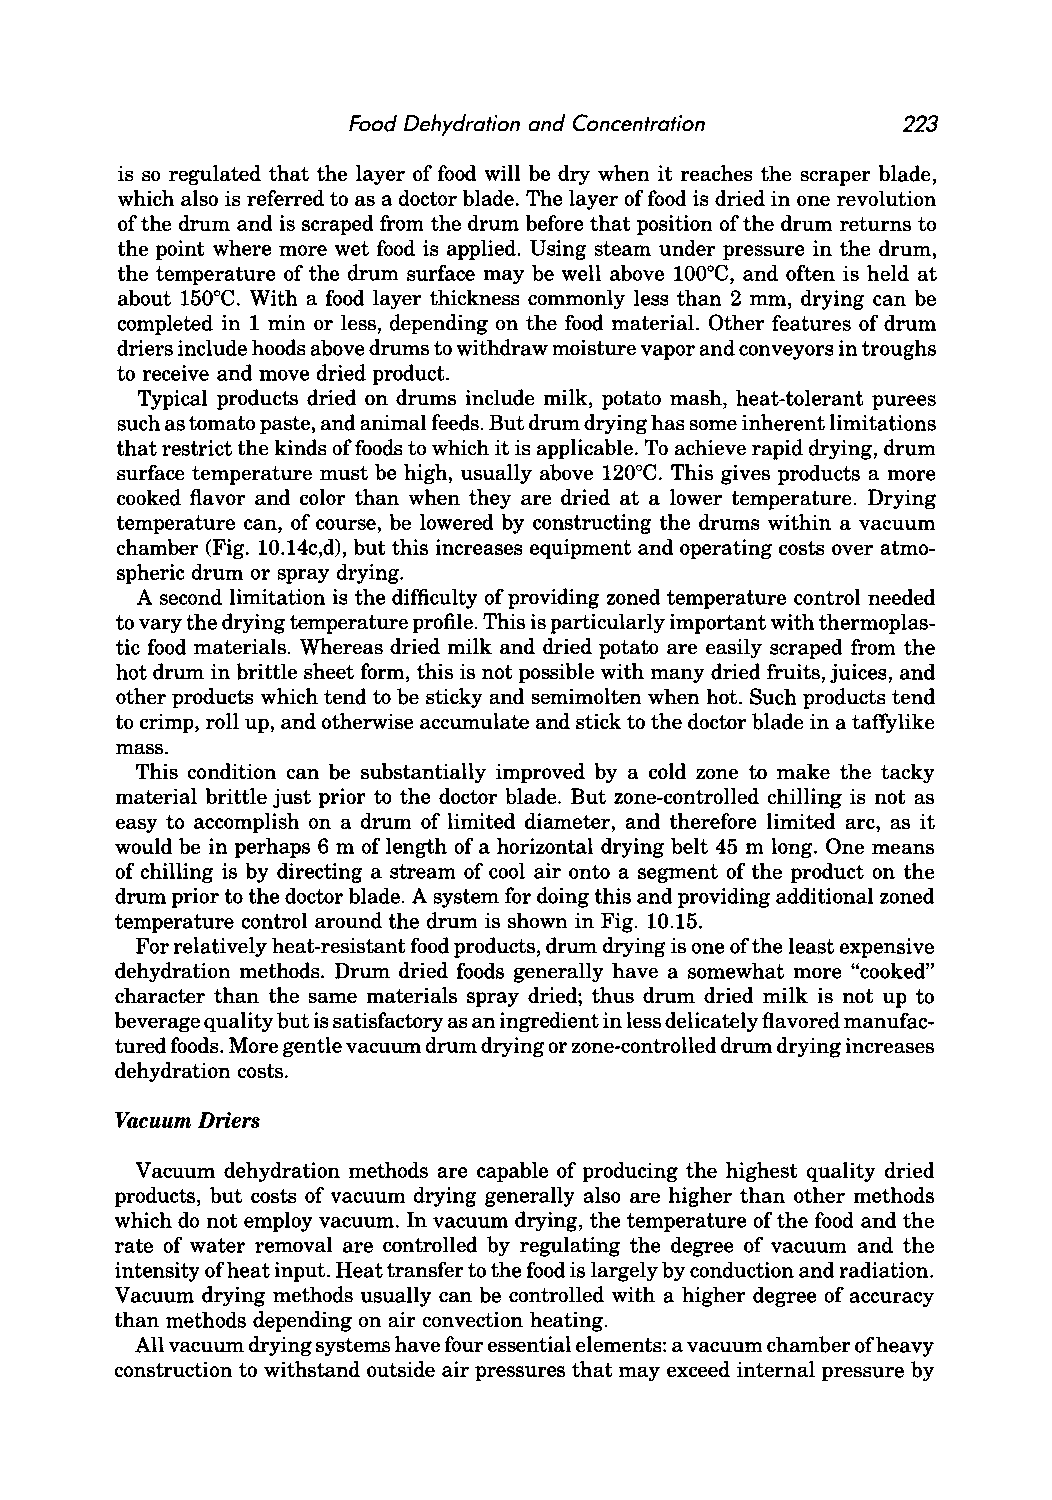
Food Dehydration and Concentration   223
 is so regulated that the layer of food will be dry when it reaches the scraper blade,
 which also is referred to as a doctor blade. The layer of food is dried in one revolution
 of the drum and is scraped from the drum before that position of the drum returns to
 the point where more wet food is applied. Using steam under pressure in the drum,
 the temperature of the drum surface may be well above 100°C, and often is held at
 about 150°C. With a food layer thickness commonly less than 2 mm, drying can be
 completed in 1 min or less, depending on the food material. Other features of drum
 driers include hoods above drums to withdraw moisture vapor and conveyors in troughs
 to receive and move dried product.
 Typical products dried on drums include milk, potato mash, heat-tolerant purees
 such as tomato paste, and animal feeds. But drum drying has some inherent limitations
 that restrict the kinds of foods to which it is applicable. To achieve rapid drying, drum
 surface temperature must be high, usually above 120°C. This gives products a more
 cooked flavor and color than when they are dried at a lower temperature. Drying
 temperature can, of course, be lowered by constructing the drums within a vacuum
 chamber (Fig. 10.14c,d), but this increases equipment and operating costs over atmo
 spheric drum or spray drying.
 A second limitation is the difficulty of providing zoned temperature control needed
 to vary the drying temperature profile. This is particularly important with thermoplas
 tic food materials. Whereas dried milk and dried potato are easily scraped from the
 hot drum in brittle sheet form, this is not possible with many dried fruits, juices, and
 other products which tend to be sticky and semimolten when hot. Such products tend
 to crimp, roll up, and otherwise accumulate and stick to the doctor blade in a tafIylike
 mass.
 This condition can be substantially improved by a cold zone to make the tacky
 material brittle just prior to the doctor blade. But zone-controlled chilling is not as
 easy to accomplish on a drum of limited diameter, and therefore limited arc, as it
 would be in perhaps 6 m of length of a horizontal drying belt 45 m long. One means
 of chilling is by directing a stream of cool air onto a segment of the product on the
 drum prior to the doctor blade. A system for doing this and providing additional zoned
 temperature control around the drum is shown in Fig. 10.15.
 For relatively heat-resistant food products, drum drying is one of the least expensive
 dehydration methods. Drum dried foods generally have a somewhat more "cooked"
 character than the same materials spray dried; thus drum dried milk is not up to
 beverage quality but is satisfactory as an ingredient in less delicately flavored manufac
 tured foods. More gentle vacuum drum drying or zone-controlled drum drying increases
 dehydration costs.
 Vacuum Driers
 Vacuum dehydration methods are capable of producing the highest quality dried
 products, but costs of vacuum drying generally also are higher than other methods
 which do not employ vacuum. In vacuum drying, the temperature of the food and the
 rate of water removal are controlled by regulating the degree of vacuum and the
 intensity of heat input. Heat transfer to the food is largely by conduction and radiation.
 Vacuum drying methods usually can be controlled with a higher degree of accuracy
 than methods depending on air convection heating.
 All vacuum drying systems have four essential elements: a vacuum chamber of heavy
 construction to withstand outside air pressures that may exceed internal pressure by